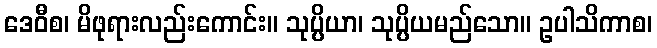
ဒေဝီစ၊ မိဖုရားလည်းကောင်း။ သုပ္ပိယာ၊ သုပ္ပိယမည်သော။ ဥပါသိကာစ၊